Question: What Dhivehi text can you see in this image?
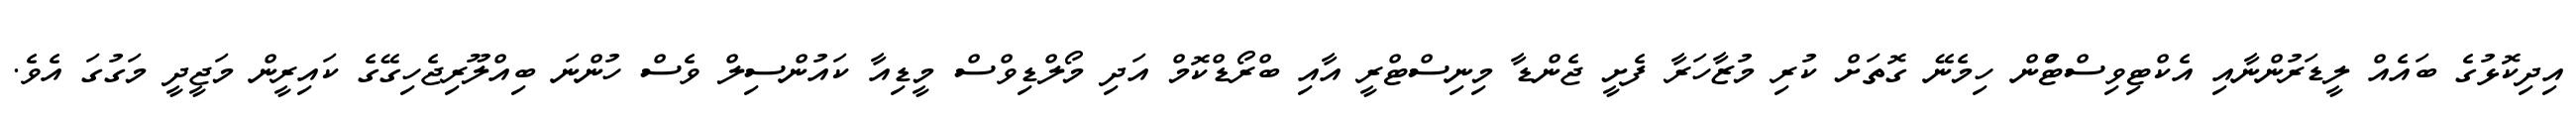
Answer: އިދިކޮޅުގެ ބައެއް ލީޑަރުންނާއި އެކްޓިވިސްޓްުން ހިމެނޭ ގޮތަށް ކުރި މުޒާހަރާ ފެށީ ޖެންޑާ މިނިސްޓްރީ އާއި ބްރޯޑްކޮމް އަދި މޯލްޑިވްސް މީޑިއާ ކައުންސިލް ވެސް ހުންނަ ބިއްލޫރިޖެހިގޭގެ ކައިރީން މަޖީދީ މަގުގަ އެވެ.